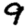
Digit: 9